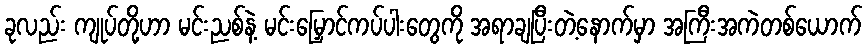
ခုလည်း ကျုပ်တို့ဟာ မင်းညစ်နဲ့ မင်းမြှောင်ကပ်ပါးတွေကို အရာချပြီးတဲ့နောက်မှာ အကြီးအကဲတစ်ယောက်